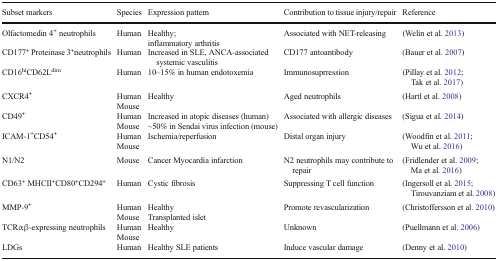
<table><thead><tr><td><b>Subset markers</b></td><td><b>Species</b></td><td><b>Expression pattern</b></td><td><b>Contribution to tissue injury/repair</b></td><td><b>Reference</b></td></tr></thead><tbody><tr><td>Olfactomedin 4<sup>+</sup> neutrophils</td><td>Human</td><td>Healthy;inflammatory arthritis</td><td>Associated with NET-releasing</td><td>(Welin et al. 2013)</td></tr><tr><td>CD177<sup>+</sup> Proteinase 3<sup>+</sup>neutrophils</td><td>Human</td><td>Increased in SLE, ANCA-associated systemic vasculitis</td><td>CD177 antoantibody</td><td>(Bauer et al. 2007)</td></tr><tr><td>CD16<sup>hi</sup>CD62L<sup>dim</sup></td><td>Human</td><td>10–15% in human endotoxemia</td><td>Immunosuprression</td><td>(Pillay et al. 2012; Tak et al. 2017)</td></tr><tr><td>CXCR4<sup>+</sup></td><td>HumanMouse</td><td>Healthy</td><td>Aged neutrophils</td><td>(Hartl et al. 2008)</td></tr><tr><td>CD49<sup>+</sup></td><td>HumanMouse</td><td>Increased in atopic diseases (human)~50% in Sendai virus infection (mouse)</td><td>Associated with allergic diseases</td><td>(Sigua et al. 2014)</td></tr><tr><td>ICAM-1<sup>+</sup>CD54<sup>+</sup></td><td>HumanMouse</td><td>Ischemia/reperfusion</td><td>Distal organ injury</td><td>(Woodfin et al. 2011; Wu et al. 2016)</td></tr><tr><td>N1/N2</td><td>Mouse</td><td>Cancer Myocardia infarction</td><td>N2 neutrophils may contribute to repair</td><td>(Fridlender et al. 2009; Ma et al. 2016)</td></tr><tr><td>CD63<sup>+</sup> MHCII<sup>+</sup>CD80<sup>+</sup>CD294<sup>+</sup></td><td>Human</td><td>Cystic fibrosis</td><td>Suppressing T cell function</td><td>(Ingersoll et al. 2015; Tirouvanziam et al. 2008)</td></tr><tr><td>MMP-9<sup>+</sup></td><td>HumanMouse</td><td>HealthyTransplanted islet</td><td>Promote revascularization</td><td>(Christoffersson et al. 2010)</td></tr><tr><td>TCRαβ-expressing neutrophils</td><td>HumanMouse</td><td>Healthy</td><td>Unknown</td><td>(Puellmann et al. 2006)</td></tr><tr><td>LDGs</td><td>Human</td><td>Healthy SLE patients</td><td>Induce vascular damage</td><td>(Denny et al. 2010)</td></tr></tbody></table>